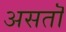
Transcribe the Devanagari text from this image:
असतॊ